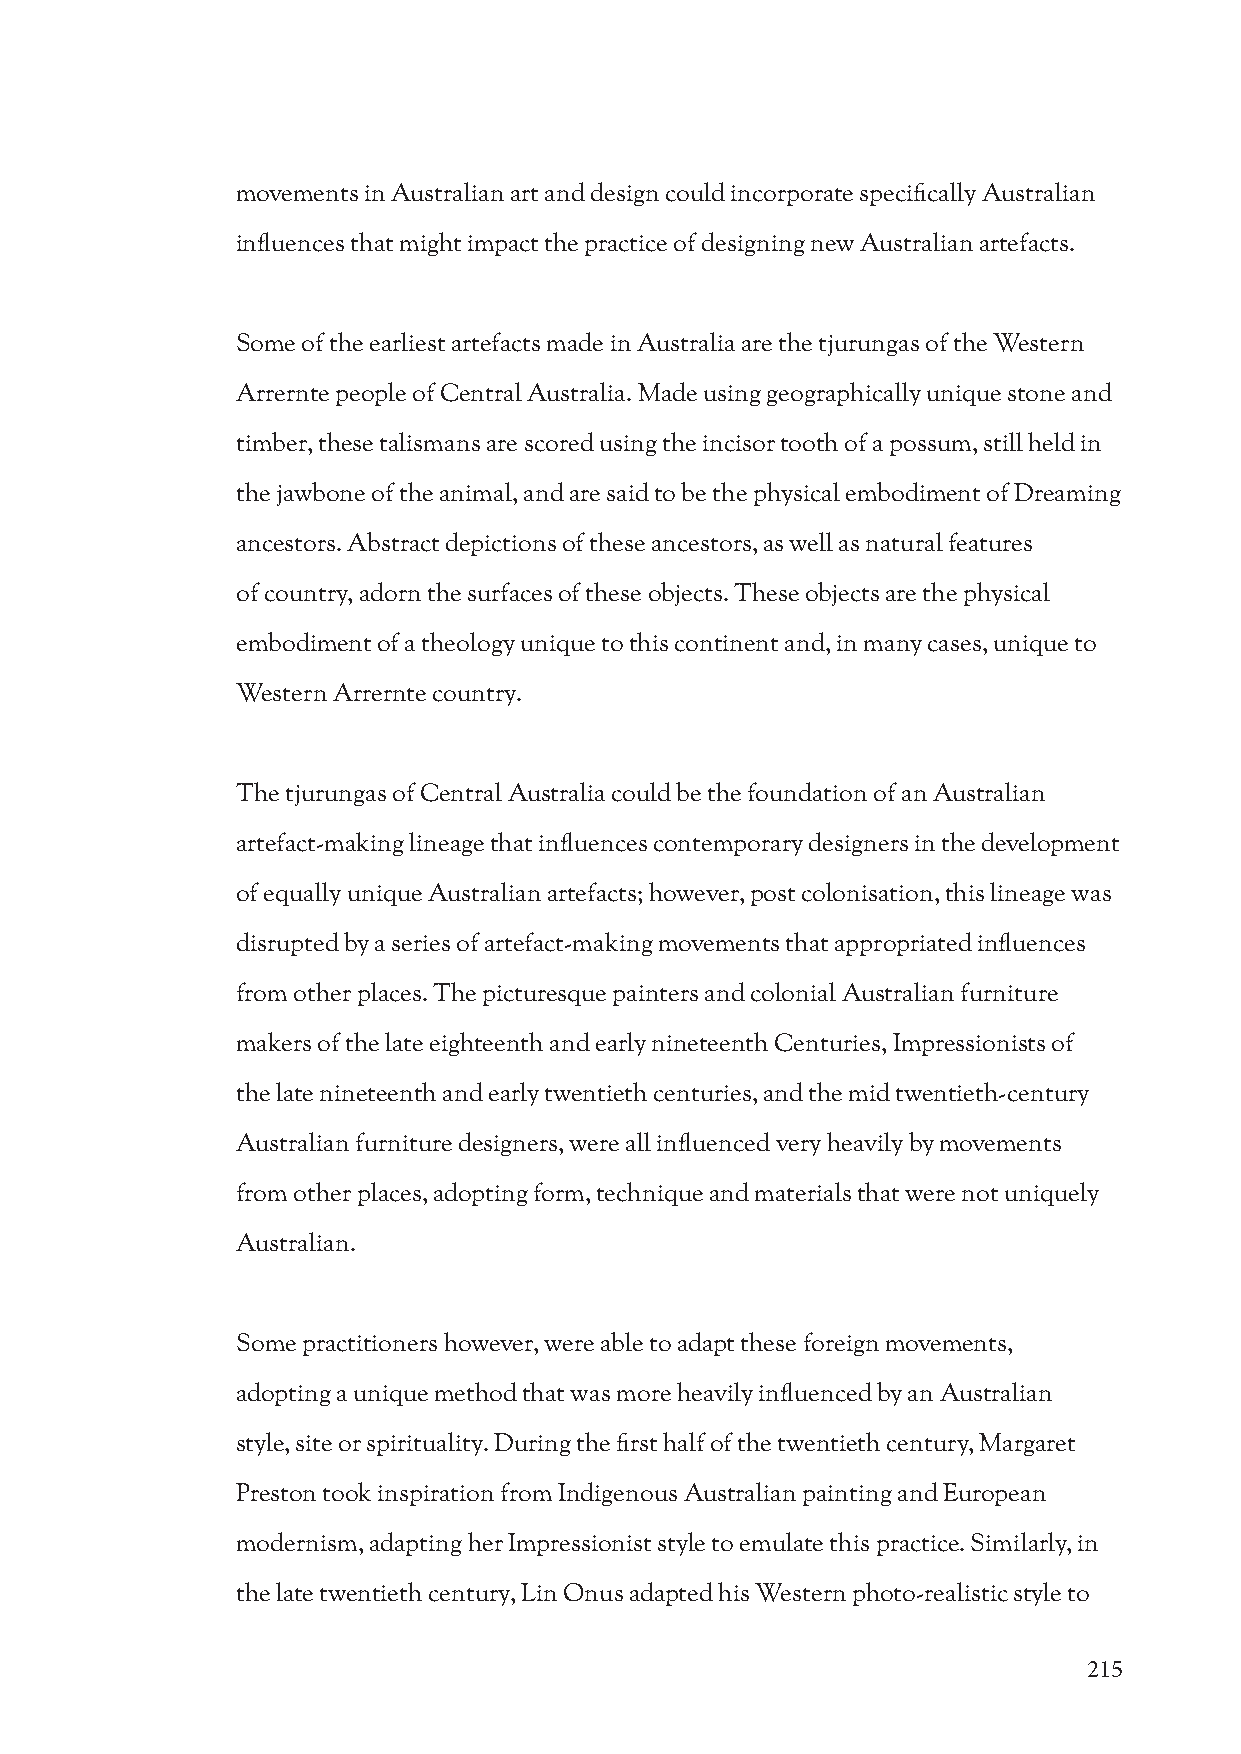
movements in Australian art and design could incorporate specifically Australian
 influences that might impact the practice of designing new Australian artefacts.
 Some of the earliest artefacts made in Australia are the tjurungas of the Western
 Arrernte people of Central Australia. Made using geographically unique stone and
 timber, these talismans are scored using the incisor tooth of a possum, still held in
 the jawbone of the animal, and are said to be the physical embodiment of Dreaming
 ancestors. Abstract depictions of these ancestors, as well as natural features
 of country, adorn the surfaces of these objects. These objects are the physical
 embodiment of a theology unique to this continent and, in many cases, unique to
 Western Arrernte country.
 The tjurungas of Central Australia could be the foundation of an Australian
 artefact-making lineage that influences contemporary designers in the development
 of equally unique Australian artefacts; however, post colonisation, this lineage was
 disrupted by a series of artefact-making movements that appropriated influences
 from other places. The picturesque painters and colonial Australian furniture
 makers of the late eighteenth and early nineteenth Centuries, Impressionists of
 the late nineteenth and early twentieth centuries, and the mid twentieth-century
 Australian furniture designers, were all influenced very heavily by movements
 from other places, adopting form, technique and materials that were not uniquely
 Australian.
 Some practitioners however, were able to adapt these foreign movements,
 adopting a unique method that was more heavily influenced by an Australian
 style, site or spirituality. During the first half of the twentieth century, Margaret
 Preston took inspiration from Indigenous Australian painting and European
 modernism, adapting her Impressionist style to emulate this practice. Similarly, in
 the late twentieth century, Lin Onus adapted his Western photo-realistic style to
 215